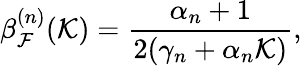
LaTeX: \beta_{\mathcal{F}}^{(n)}(\mathcal{{K}})=\frac{{\alpha_{n}+1}}{{2(\gamma_{n}+\alpha_{n}\mathcal{{K}})}},